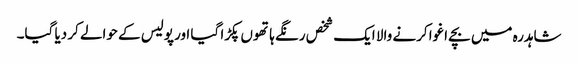
شاہدرہ میں بچے اغوا کرنے والا ایک شخص رنگے ہاتھوں پکڑا گیا اور پولیس کے حوالے کر دیا گیا۔